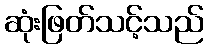
ဆုံးဖြတ်သင့်သည်